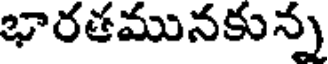
భారతమునకున్న